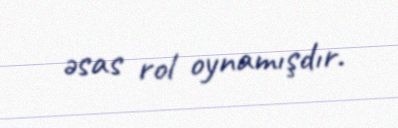
əsas rol oynamışdır.